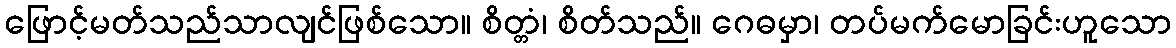
ဖြောင့်မတ်သည်သာလျင်ဖြစ်သော။ စိတ္တံ၊ စိတ်သည်။ ဂေဓမှာ၊ တပ်မက်မောခြင်းဟူသော